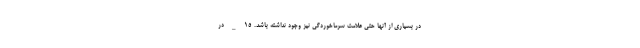
در بسیاری از آنها حتی علامت سرماخوردگی نیز وجود نداشته باشد. ۱۵_در